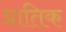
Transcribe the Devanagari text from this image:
प्रातिक